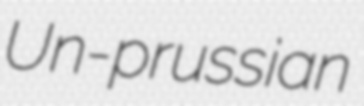
Un-prussian